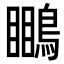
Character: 𪄊